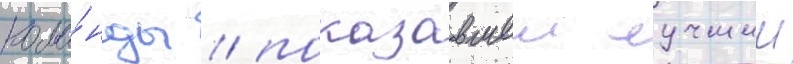
кома́нды / показавшеи лучшии